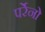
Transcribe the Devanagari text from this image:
पर्रेनो